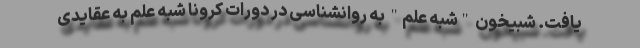
یافت. شبیخون "شبه علم" به روانشناسی در دورات کرونا شبه علم به عقایدی